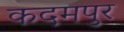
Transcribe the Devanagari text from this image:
कदमपुर